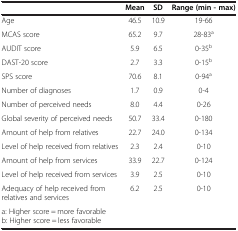
|  | Mean | SD | Range (min - max) |
 | --- | --- | --- | --- |
 | Age | 46.5 | 10.9 | 19-66 |
 | MCAS score | 65.2 | 9.7 | 28-83a |
 | AUDIT score | 5.9 | 6.5 | 0-35b |
 | DAST-20 score | 2.7 | 3.3 | 0-15b |
 | SPS score | 70.6 | 8.1 | 0-94a |
 | Number of diagnoses | 1.7 | 0.9 | 0-4 |
 | Number of perceived needs | 8.0 | 4.4 | 0-26 |
 | Global severity of perceived needs | 50.7 | 33.4 | 0-180 |
 | Amount of help from relatives | 22.7 | 24.0 | 0-134 |
 | Level of help received from relatives | 2.3 | 2.4 | 0-10 |
 | Amount of help from services | 33.9 | 22.7 | 0-124 |
 | Level of help received from services | 3.9 | 2.5 | 0-10 |
 | Adequacy of help received from relatives and services | 6.2 | 2.5 | 0-10 |
 | a: Higher score = more favorable b: Higher score = less favorable |  |  |  |